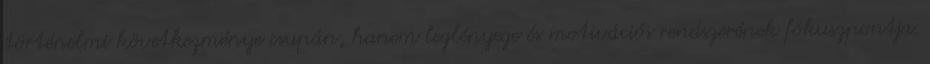
történelmi következménye csupán, hanem leglényege és motivációs rendszerének fókuszpontja.